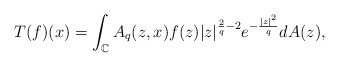
\begin{align*}\displaystyle T(f)(x)=\int_{\mathbb{C}}{A_q(z,x)}f(z)|z|^{\frac{2}{q}-2}e^{-\frac{|z|^2}{q}}dA(z),\end{align*}